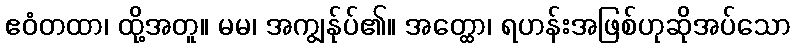
ဧဝံတထာ၊ ထို့အတူ။ မမ၊ အကျွန်ုပ်၏။ အတ္ထော၊ ရဟန်းအဖြစ်ဟုဆိုအပ်သော